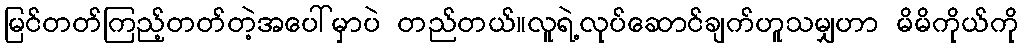
မြင်တတ်ကြည့်တတ်တဲ့အပေါ်မှာပဲ တည်တယ်။လူရဲ့လုပ်ဆောင်ချက်ဟူသမျှဟာ မိမိကိုယ်ကို